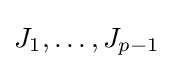
{J_{1}},\ldots ,{J_{p-1}}